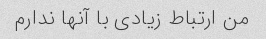
من ارتباط زیادی با آنها ندارم